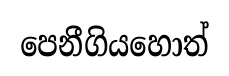
පෙනීගියහොත්